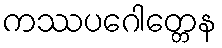
ကဿပဂေါတ္တေန